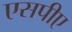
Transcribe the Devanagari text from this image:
एसपीए